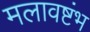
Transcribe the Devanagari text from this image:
मलावष्टंभ